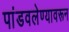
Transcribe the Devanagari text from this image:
पांडवलेण्यावरून